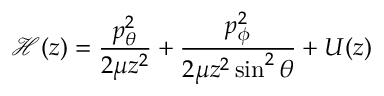
\mathcal { H } ( z ) = \frac { p _ { \theta } ^ { 2 } } { 2 \mu z ^ { 2 } } + \frac { p _ { \phi } ^ { 2 } } { 2 \mu z ^ { 2 } \sin ^ { 2 } \theta } + U ( z )